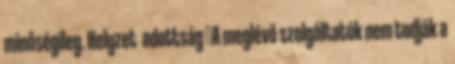
minőségileg. Helyzet adottság ▪A meglévő szolgáltatók nem tudják a